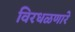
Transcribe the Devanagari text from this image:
विरधळणारे